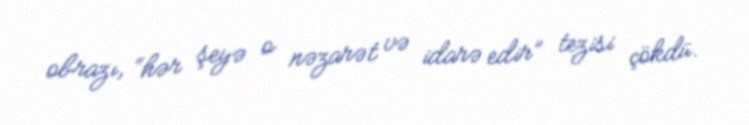
obrazı, “hər şeyə o nəzarət və idarə edir” tezisi çökdü.